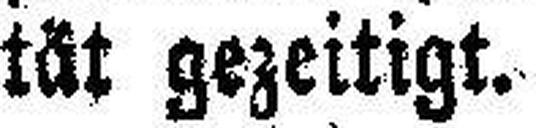
tät gezeitigt.